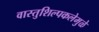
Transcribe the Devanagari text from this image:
वास्तुशिल्पकलेमुळे